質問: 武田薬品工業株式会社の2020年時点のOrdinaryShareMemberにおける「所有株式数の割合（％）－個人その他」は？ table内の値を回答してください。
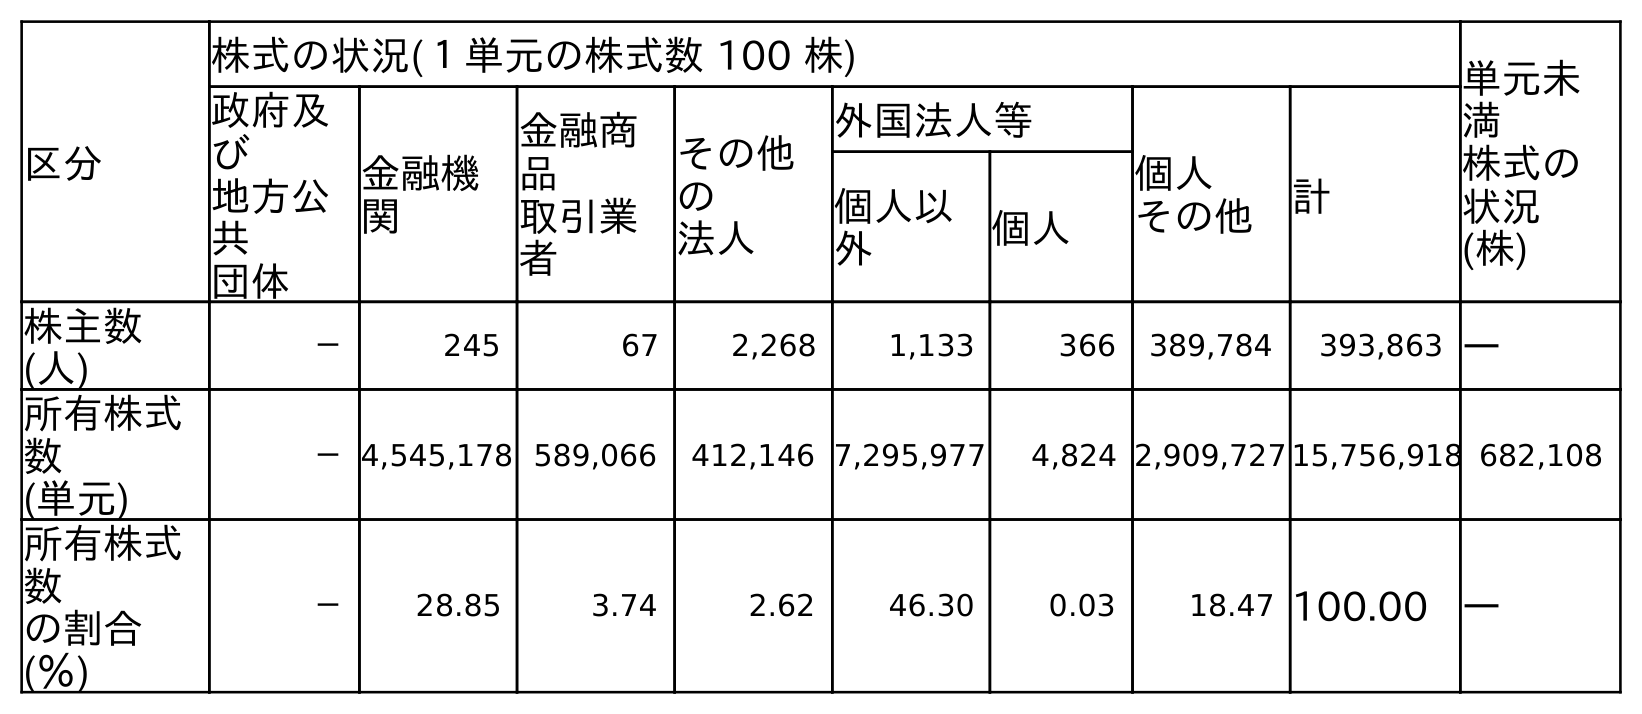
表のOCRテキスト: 区分 株式の状況(１単元の株式数 100 株) 単元未 満 株式の 状況 (株) 政府及 び 地方公 共 団体 金融機 関 金融商 品 取引業 者 その他 の 法人 外国法人等 個人 その他 計 個人以 外 個人 株主数 (人) － 245 67 2,268 1,133 366 389,784 393,863 ― 所有株式 数 (単元) －4,545,178 589,066 412,146 7,295,977 4,824 2,909,727 15,756,918 682,108 所有株式 数 の割合 (％) － 28.85 3.74 2.62 46.30 0.03 18.47 100.00 ―
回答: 18.47